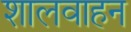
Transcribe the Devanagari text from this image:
शालवाहन